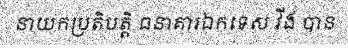
នាយកប្រតិបត្តិ ធនាគារឯកទេស វីង បាន